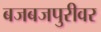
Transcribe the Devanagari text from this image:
बजबजपुरीवर